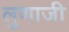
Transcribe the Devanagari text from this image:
लुणाजी